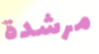
مرشدة